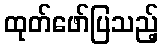
ထုတ်ဖော်ပြသည့်